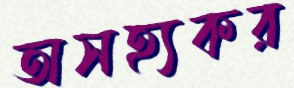
অসহ্যকর